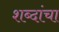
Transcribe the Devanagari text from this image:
शब्‍दांचा